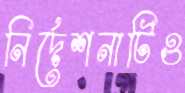
নির্দেশনাটিও